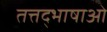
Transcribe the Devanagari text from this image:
तत्तद्भाषाओं